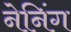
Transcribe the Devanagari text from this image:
नेनिंग